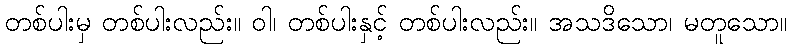
တစ်ပါးမှ တစ်ပါးလည်း။ ဝါ၊ တစ်ပါးနှင့် တစ်ပါးလည်း။ အသဒိသော၊ မတူသော။